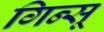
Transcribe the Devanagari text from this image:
गिन्सू